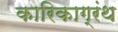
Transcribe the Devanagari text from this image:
कारिकाग्रंथ